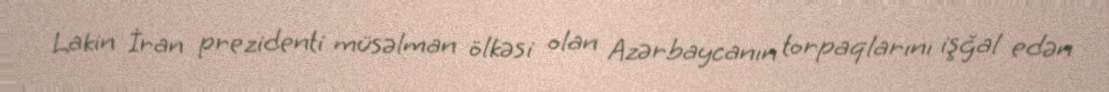
Lakin İran prezidenti müsəlman ölkəsi olan Azərbaycanın torpaqlarını işğal edən